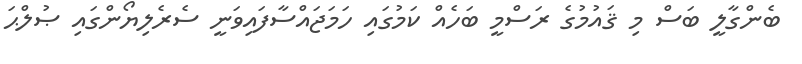
ބެންގާލީ ބަސް މި ޤައުމުގެ ރަސްމީ ބަހެެއް ކަމުގައި ހަމަޖައްސާފައިވަނީ ސެރެލިޔޯންގައި ޞުލްޙަ